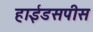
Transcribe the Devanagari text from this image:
हाईडसपीस